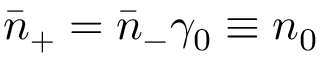
\bar { n } _ { + } = \bar { n } _ { - } \gamma _ { 0 } \equiv n _ { 0 }